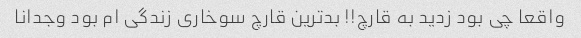
واقعا چی بود زدید به قارچ!! بدترین قارچ سوخاری زندگی ام بود وجدانا